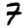
Digit: 7